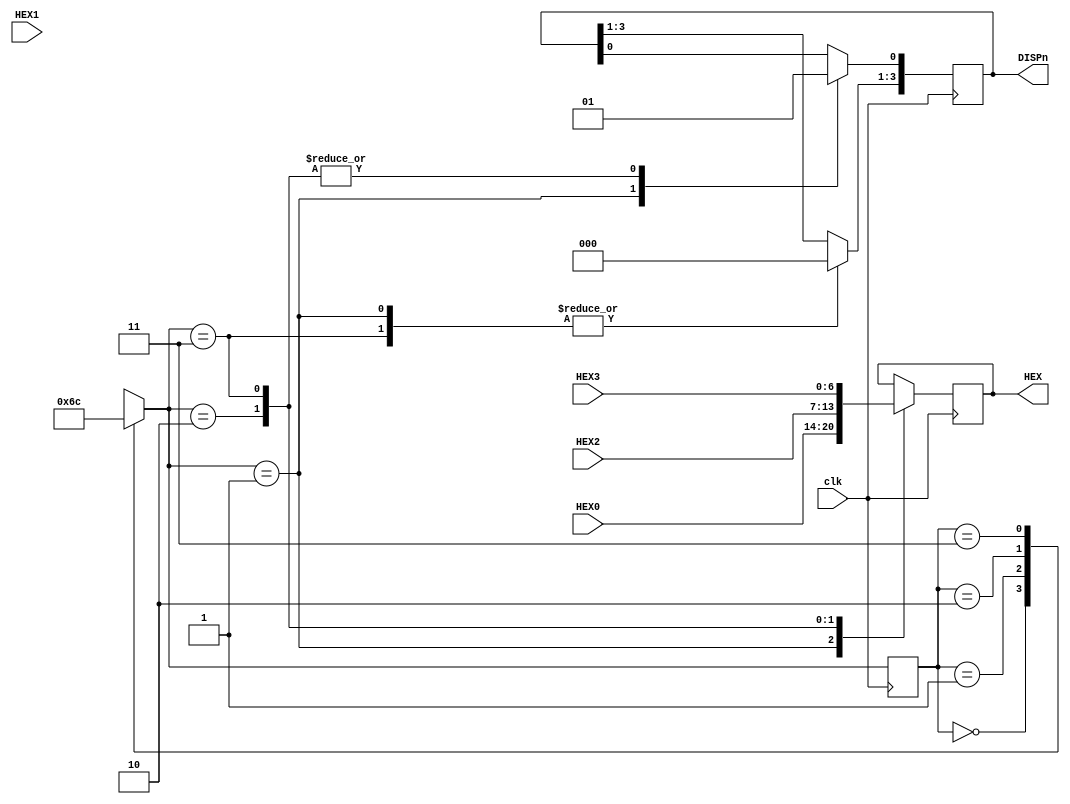
module DE1_disp (
  output reg [0:3] DISPn,
  output reg [0:6] HEX,
  input wire [0:6] HEX0,
  input wire [0:6] HEX1,
  input wire [0:6] HEX2,
  input wire [0:6] HEX3,
  input wire clk 
);

  // state bits
  parameter 
  state0 = 2'b00, 
  state1 = 2'b01, 
  state2 = 2'b10, 
  state3 = 2'b11;
 
  reg [1:0] state;
  reg [1:0] nextstate;

   always @* begin
     nextstate = state; 
     case (state) 
        state0: nextstate = state1;
        state1: nextstate = state2;
        state2: nextstate = state3;
        state3: nextstate = state0;	
     endcase
  end

   always @(posedge clk) begin
       state <= nextstate;
   end

   always @(posedge clk) begin
   begin
     case (nextstate)
       state1: begin
         DISPn[0:3] <= "1110";
         HEX[0:6] <=  HEX0[0:6];
       end  
       state1: begin
         DISPn[0:3] <= "1101";
         HEX[0:6] <=  HEX1[0:6];
       end
       state2: begin
         DISPn[3:3] <= "1011";
         HEX[0:6] <=  HEX2[0:6];
       end
       state3: begin
         DISPn[0:3] <= "0111";
         HEX[0:6] <=  HEX3[0:6];
       end
     endcase
   end
end
endmodule